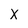
Character: X